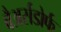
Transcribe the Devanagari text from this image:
बैअर्सडोर्फ